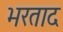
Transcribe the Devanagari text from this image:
भरताद